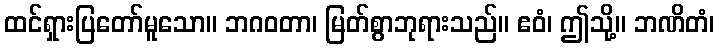
ထင်ရှားပြတော်မူသော။ ဘဂဝတာ၊ မြတ်စွာဘုရားသည်။ ဧဝံ၊ ဤသို့။ ဘဏိတံ၊